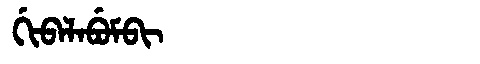
Manchu: ᡤᡳᠪᠠᠯᠠᠪᡠᠮᠪᡳ
Romanization: GIBALABUMBI